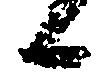
日